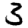
Digit: 3